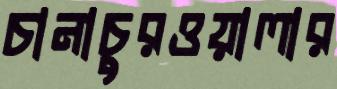
চানাচুরওয়ালার